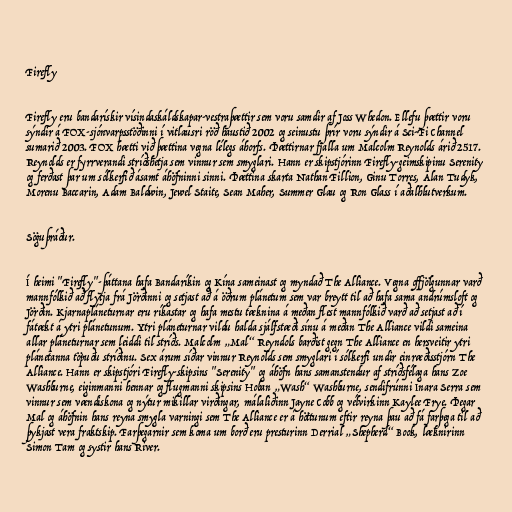
Firefly

Firefly eru bandarískir vísindaskáldskapar-vestraþættir sem voru samdir af Joss Whedon. Ellefu þættir voru
sýndir á FOX-sjónvarpsstöðinni í vitlausri röð haustið 2002 og seinustu þrír voru sýndir á Sci-Fi Channel
sumarið 2003. FOX hætti við þættina vegna lélegs áhorfs. Þættirnar fjalla um Malcolm Reynolds árið 2517.
Reynolds er fyrrverandi stríðshetja sem vinnur sem smyglari. Hann er skipstjórinn Firefly-geimskipinu Serenity
og ferðast þar um sólkerfið ásamt áhöfninni sinni. Þættina skarta Nathan Fillion, Ginu Torres, Alan Tudyk,
Morenu Baccarin, Adam Baldwin, Jewel Staite, Sean Maher, Summer Glau og Ron Glass í aðalhlutverkum.

Söguþráður.

Í heimi "Firefly"-þáttana hafa Bandaríkin og Kína sameinast og myndað The Alliance. Vegna offjölgunnar varð
mannfólkið að flytja frá Jörðinni og setjast að á öðrum plánetum sem var breytt til að hafa sama andrúmsloft og
Jörðin. Kjarnapláneturnar eru ríkastar og hafa mestu tæknina á meðan flest mannfólkið varð að setjast að í
fátækt á ytri plánetunum. Ytri pláneturnar vildu halda sjálfstæði sínu á meðan The Alliance vildi sameina
allar pláneturnar sem leiddi til stríðs. Malcolm „Mal“ Reyndols barðist gegn The Alliance en hersveitir ytri
plánetanna töpuðu stríðinu. Sex árum síðar vinnur Reynolds sem smyglari í sólkerfi undir einræðisstjórn The
Alliance. Hann er skipstjóri Firefly-skipsins "Serenity" og áhöfn hans samanstendur af stríðsfélaga hans Zoe
Washburne, eiginmanni hennar og flugmanni skipsins Hoban „Wash“ Washburne, sendifrúnni Inara Serra sem
vinnur sem vændiskona og nýtur mikillar virðingar, málaliðinn Jayne Cobb og vélvirkinn Kaylee Frye. Þegar
Mal og áhöfnin hans reyna smygla varningi sem The Alliance er á höttunum eftir reyna þau að fá farþega til að
þykjast vera fraktskip. Farþegarnir sem koma um borð eru presturinn Derrial „Shepherd“ Book, læknirinn
Simon Tam og systir hans River.